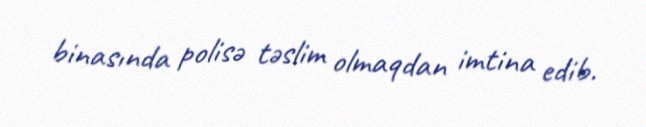
binasında polisə təslim olmaqdan imtina edib.